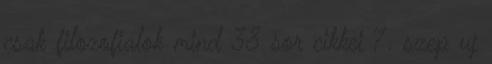
csak filozofialok mind 38 sor cikkei 7. szep uj